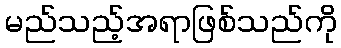
မည်သည့်အရာဖြစ်သည်ကို